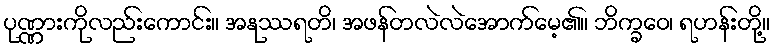
ပုဏ္ဏားကိုလည်းကောင်း။ အနုဿရတိ၊ အဖန်တလဲလဲအောက်မေ့၏။ ဘိက္ခဝေ၊ ရဟန်းတို့။